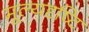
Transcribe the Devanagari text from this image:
मूल्यदृष्टि